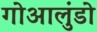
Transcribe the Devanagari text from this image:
गोआलुंडो